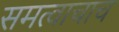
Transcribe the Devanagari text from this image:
समत्वाचाच